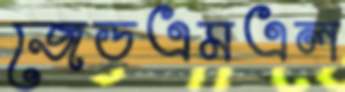
জেডএমএল